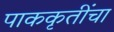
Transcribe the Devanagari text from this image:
पाककृतींचा